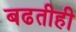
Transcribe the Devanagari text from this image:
बढतीही